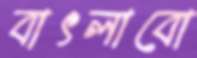
বাৎলাবো